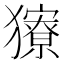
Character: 𤢸